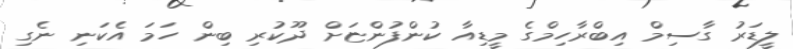
ލީޑަރު ގާސިމް އިބްރާހިމްގެ މީޑިއާ ކުންފުންޏަށް ދޫކުރި ބިން ހަމަ އެކަނި ނެގި